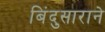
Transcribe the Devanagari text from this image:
बिंदुसाराने